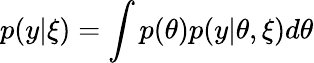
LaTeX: p(y|\xi)=\int p(\theta)p(y|\theta,\xi)d\theta